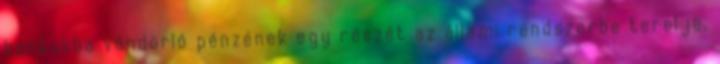
bankokba vándorló pénzének egy részét az állami rendszerbe terelje.